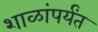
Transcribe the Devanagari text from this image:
शाळांपर्यंत